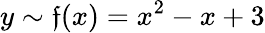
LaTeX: y\sim\mathfrak{f}(x)=x^{2}-x+3